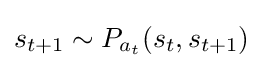
s_{t+1}\sim P_{a_{t}}(s_{t},s_{t+1})